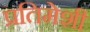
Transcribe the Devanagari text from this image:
प्रतिमेशी